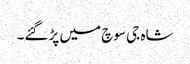
شاہ جی سوچ میں پڑگئے۔